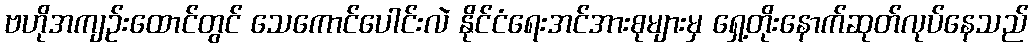
ဗဟိုအကျဉ်းထောင်တွင် သေကောင်ပေါင်းလဲ နိုင်ငံရေးအင်အားစုများမှ ရှေ့တိုးနောက်ဆုတ်လုပ်နေသည်